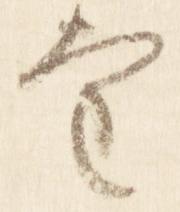
望